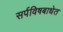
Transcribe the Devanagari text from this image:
सर्पविषबाधेत